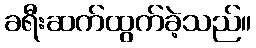
ခရီးဆက်ထွက်ခဲ့သည်။